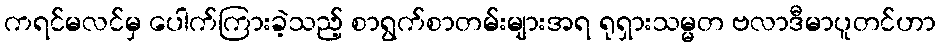
ကရင်မလင်မှ ပေါက်ကြားခဲ့သည့် စာရွက်စာတမ်းများအရ ရုရှားသမ္မတ ဗလာဒီမာပူတင်ဟာ